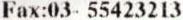
FAX:03- 55423213